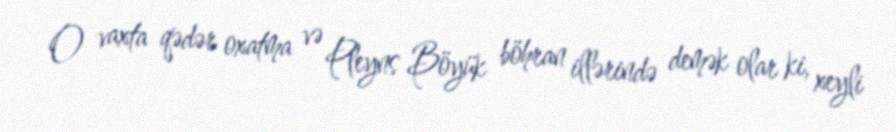
O vaxta qədər oxatma və Pleyns Böyük böhran illərində demək olar ki, xeyli